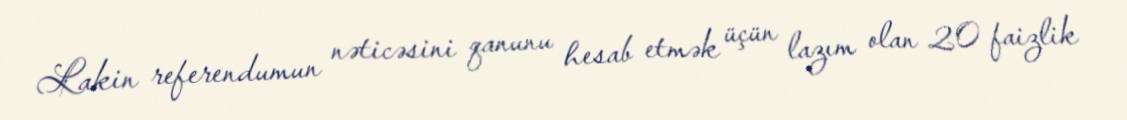
Lakin referendumun nəticəsini qanunu hesab etmək üçün lazım olan 20 faizlik